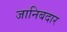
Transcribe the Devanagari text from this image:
जानिबदार